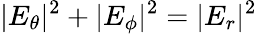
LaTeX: |E_{\theta}|^{2}+|E_{\phi}|^{2}=|E_{r}|^{2}